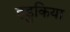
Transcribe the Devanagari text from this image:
हंडुकिया